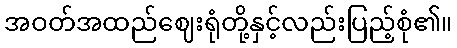
အဝတ်အထည်ဈေးရုံတို့နှင့်လည်းပြည့်စုံ၏။